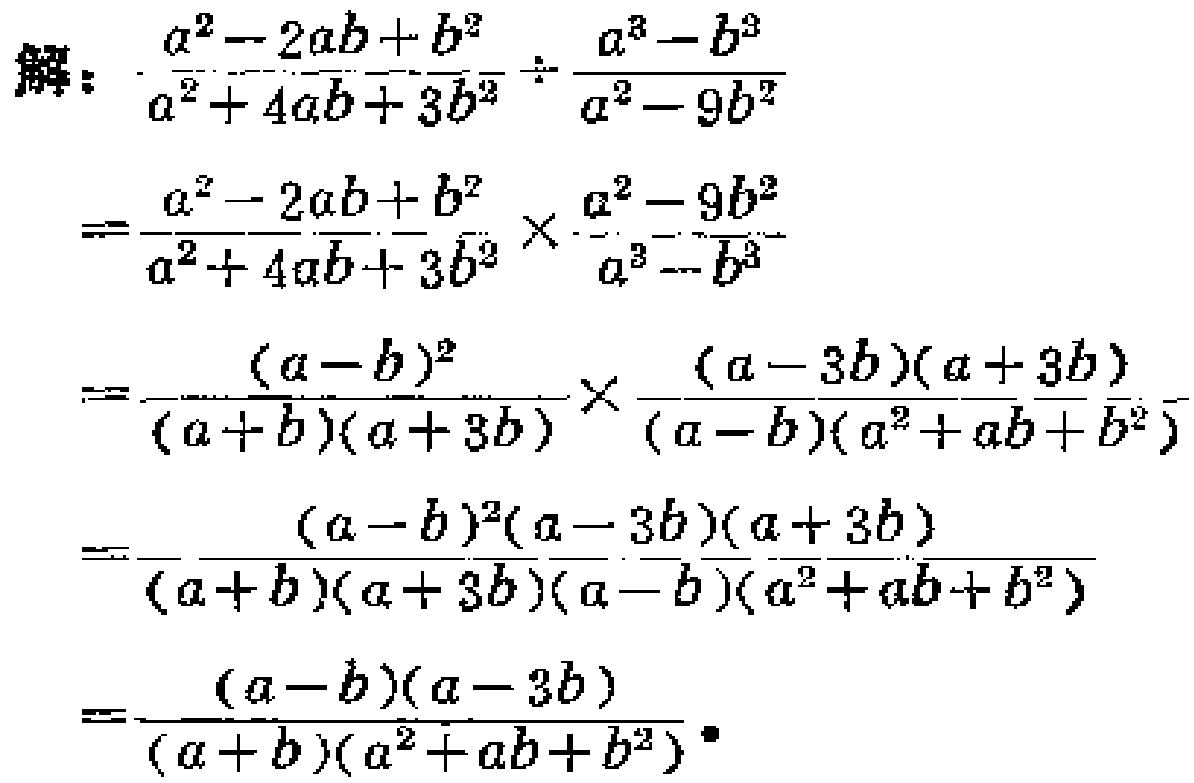
解：
\[
\begin{align*}
&\frac{a^{2}-2ab + b^{2}}{a^{2}+4ab + 3b^{2}}\div\frac{a^{3}-b^{3}}{a^{2}-9b^{2}}\\
=&\frac{a^{2}-2ab + b^{2}}{a^{2}+4ab + 3b^{2}}\times\frac{a^{2}-9b^{2}}{a^{3}-b^{3}}\\
=&\frac{(a - b)^{2}}{(a + b)(a + 3b)}\times\frac{(a - 3b)(a + 3b)}{(a - b)(a^{2}+ab + b^{2})}\\
=&\frac{(a - b)^{2}(a - 3b)(a + 3b)}{(a + b)(a + 3b)(a - b)(a^{2}+ab + b^{2})}\\
=&\frac{(a - b)(a - 3b)}{(a + b)(a^{2}+ab + b^{2})}
\end{align*}
\]